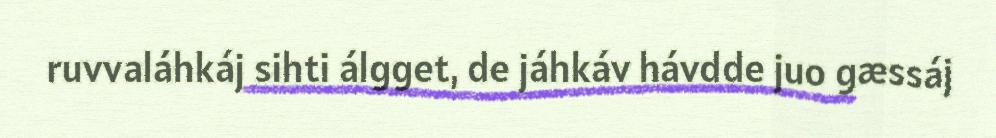
ruvvaláhkáj sihti álgget, de jáhkáv hávdde juo gæssáj